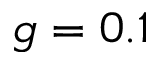
g = 0 . 1